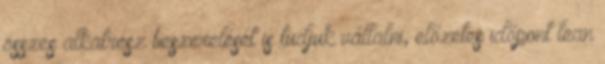
összes alkatrész beszerelését is tudjuk vállalni, előzetes időpont lean